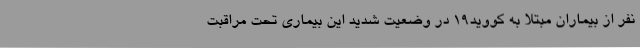
نفر از بیماران مبتلا به کووید19 در وضعیت شدید این بیماری تحت مراقبت